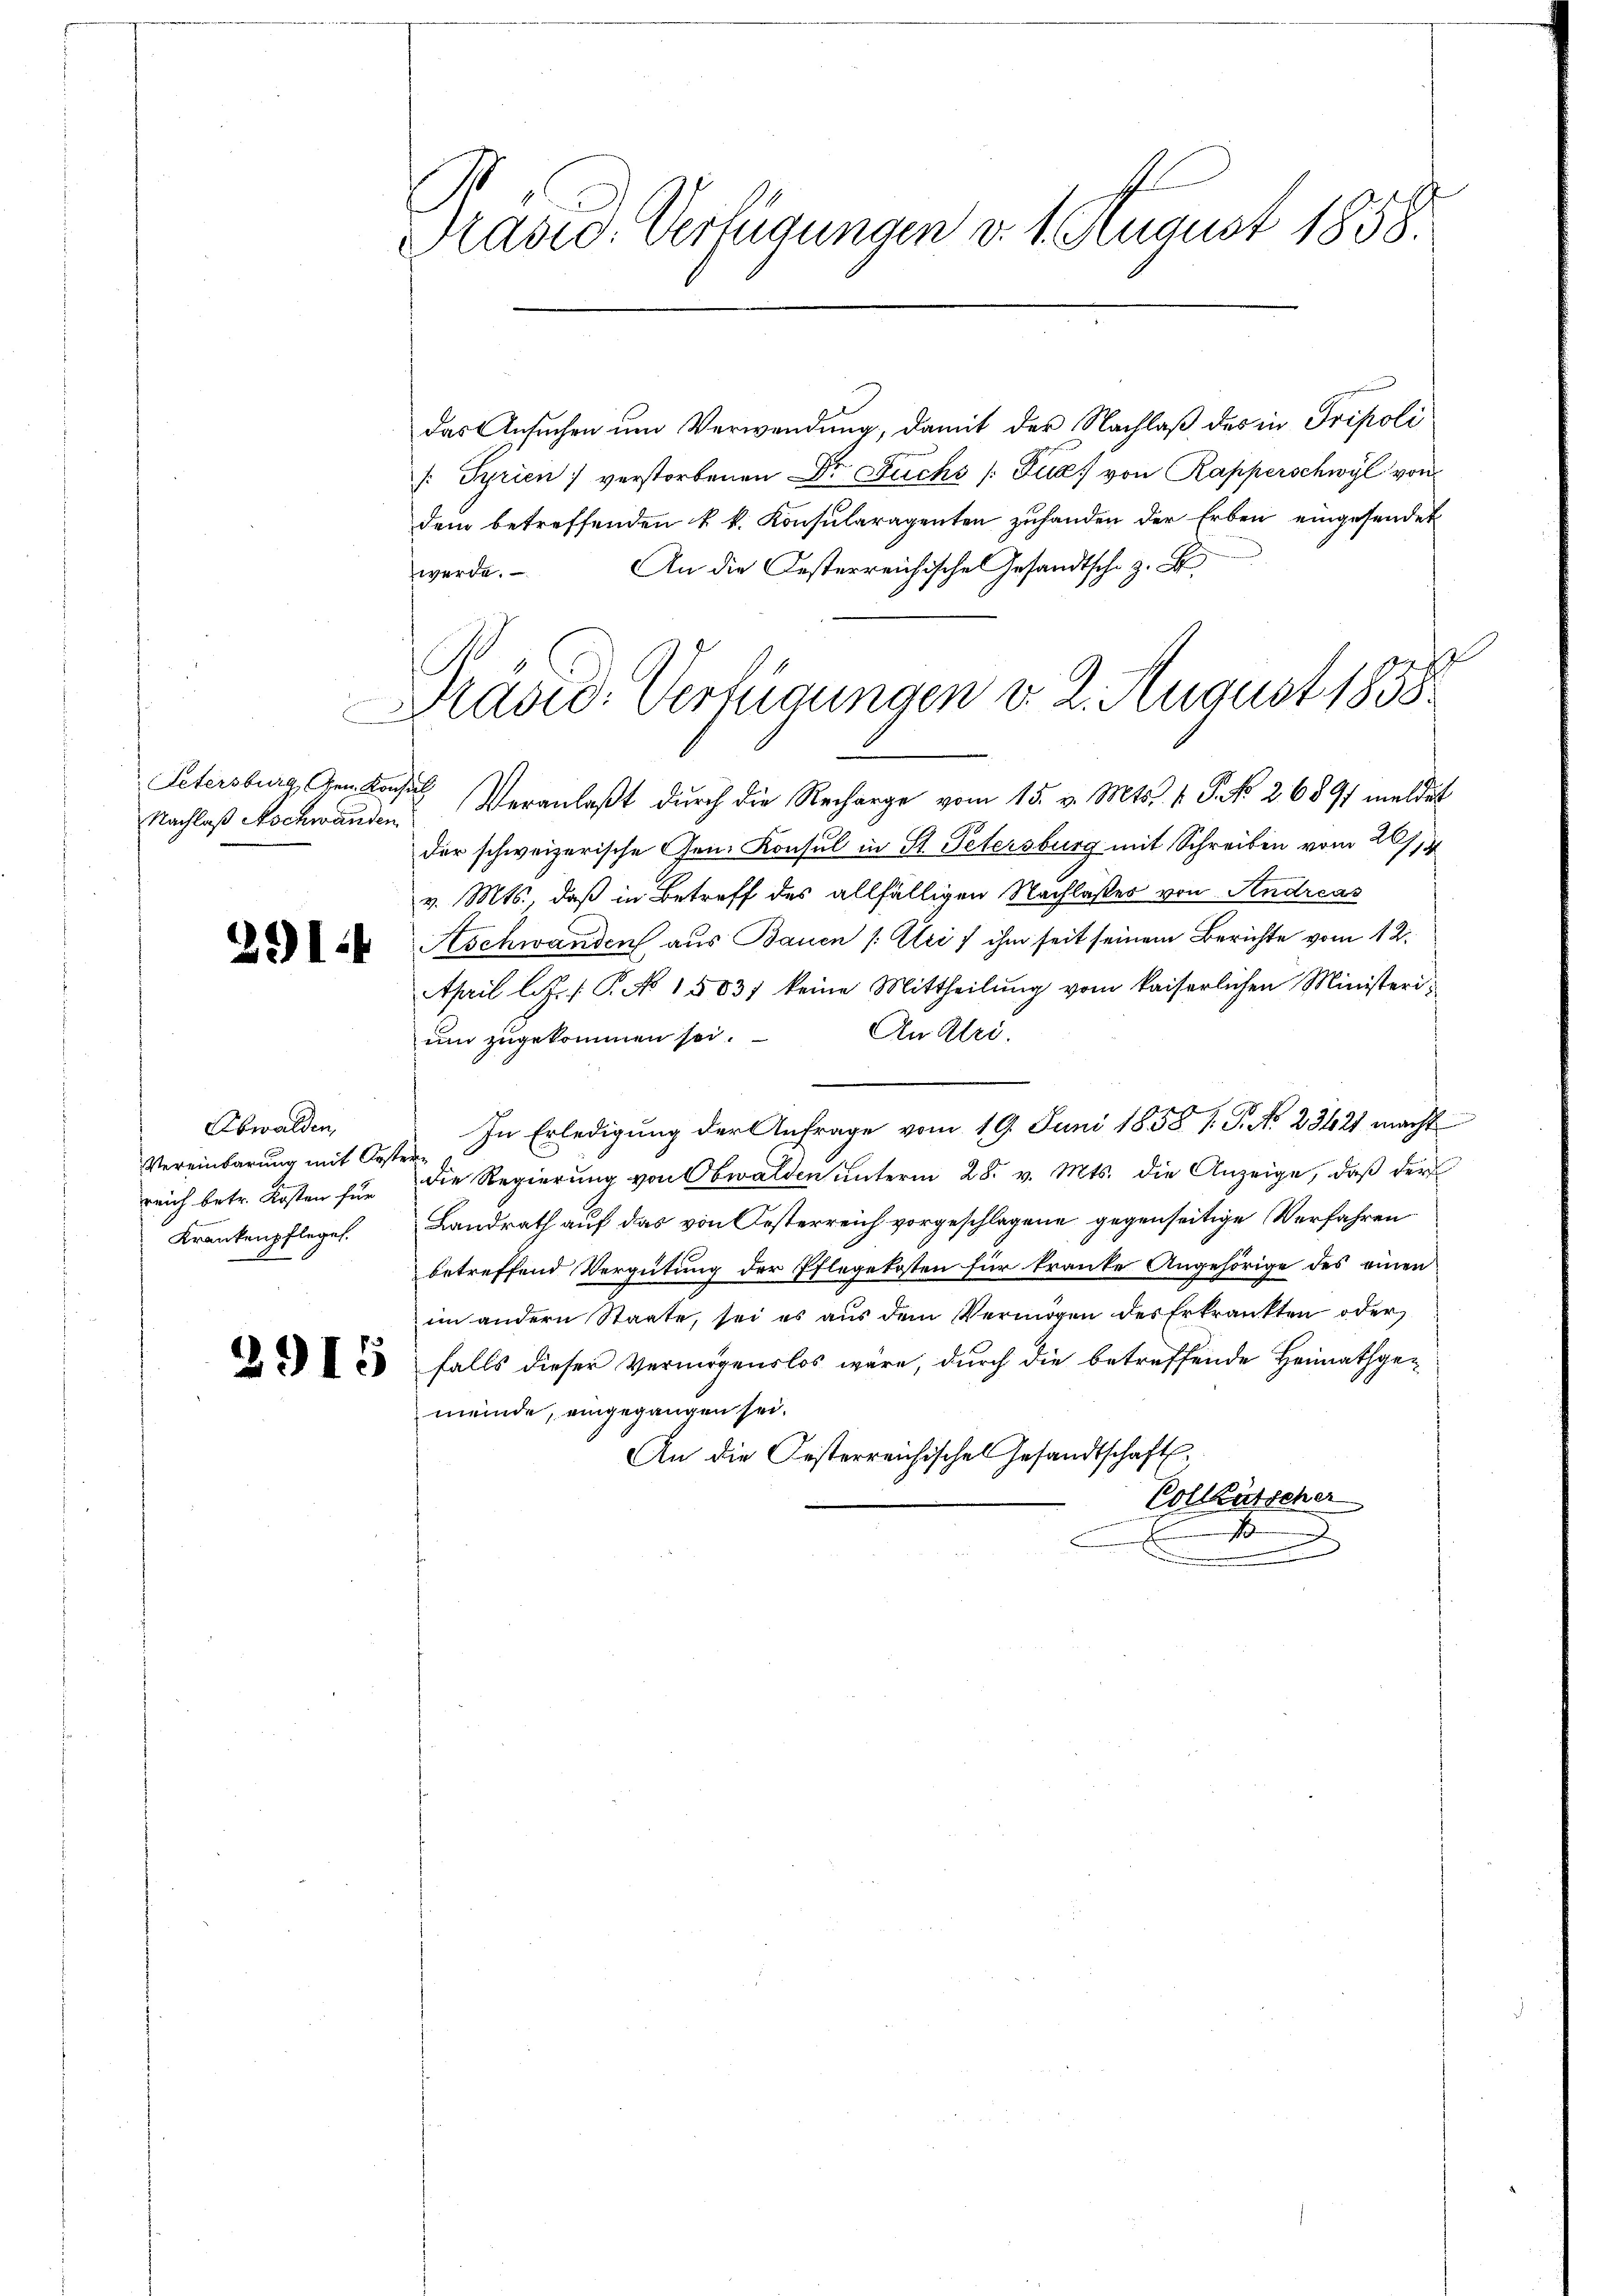
Petersburg, Gen. Konsil

Obwalden,
Vereinbarung mit Oestern

Prasio-Verfügungen v. 1. August 1858.

das Ansuchen um Verwendung, damit der Nachlaß des in Tripoli
 Syrien) verstorbenen Dr Fuchs / Fua) von Rapperschwyl von
dem betreffenden k. k. Konsularagenten zuhanden der Erben eingesendet
An die Oesterreichischen Gesandtsche z. B.
werde.
u
Nachlaß Nachwänden Veranlaßt durch die Recharge vom 15. v. Mts. v. P. NNo. 26891 meldet
der schweizerische Gen. Konsul in St. Petersburg mit Schreiben vom 26/19
v. Mts., daß in Betreff des allfälligen Nachlaßes von Andreas
 Aschwanden aus Bauen /: Uri / ihm seit seinem Berichte vom 12.
April l.J. P. N 1583; keine Mittheilŭng vom kaiserlichen Ministeri¬
An Uri.
und zugekommen sei.
In Erledigung der Anfrage vom 19. Juni 1858 V. P. No 23421 macht
reich betr. Kosten für die Regierung von Obwalden unterm 28. v. Mts. die Anzeige, daß der
Krankenpflege Landrath auf das von Oesterreich vorgeschlagene gegenseitige Verfahren
betreffend Vergütung der Pflegekosten für kranke Angehörige des einen
im andern Staate, sei es aus dem Vermögen des Erkrankten oder
c falls dieser Vermögenslos wäre, dŭrch die betreffende Heimathge-
meinde, eingegangen sei.
An die Oesterreichisches Gesandtschaft
Vollkutscher
1

Präsid. Verfügungen d. 2. August 1858.